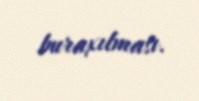
buraxılması.